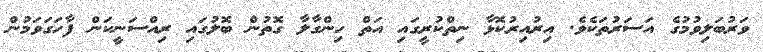
ވަރުބަލިވުމުގެ އަސަރުތަކެވެ. އިރުއިރުކޮޅާ ނިތްކުރީގައި އަތް ހިންގާލާ ގޮތުން ބޮލުގައި ރިއްސަނީކަން ފާހަގަވަމުން